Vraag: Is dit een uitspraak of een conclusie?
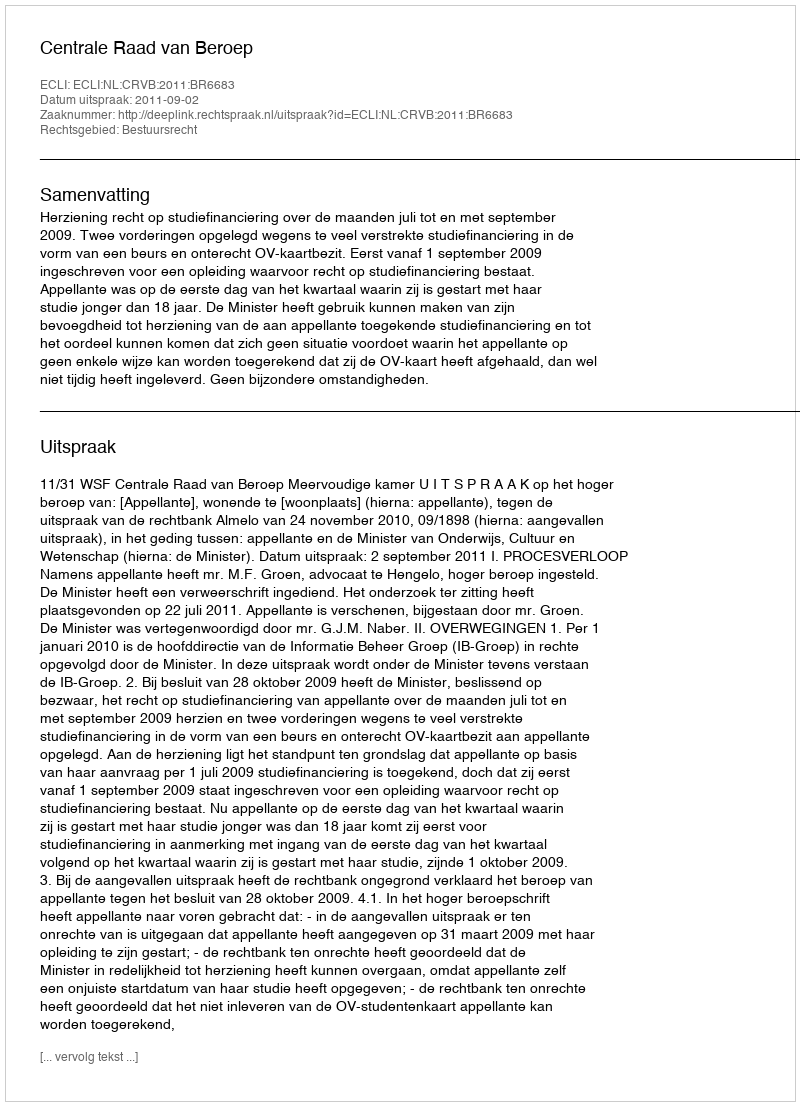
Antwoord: Uitspraak